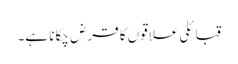
قبائلی علاقوں کا قرض چکانا ہے۔